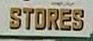
stores